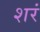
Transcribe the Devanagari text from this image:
शरं